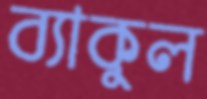
ব্যাকুল